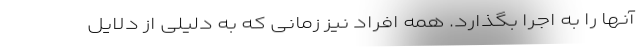
آنها را به اجرا بگذارد. همه افراد نیز زمانی که به دلیلی از دلایل